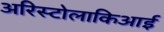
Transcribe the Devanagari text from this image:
अरिस्टोलाकिआई